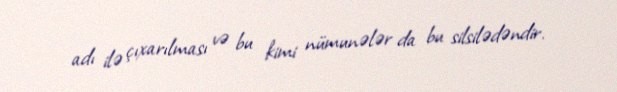
adı ilə çıxarılması və bu kimi nümunələr da bu silsilədəndir.